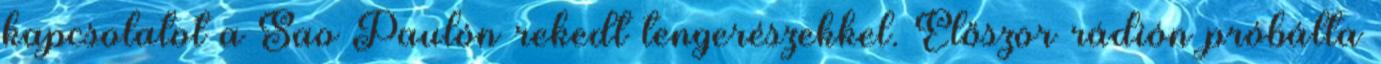
kapcsolatot a Sao Paulón rekedt tengerészekkel. Először rádión próbálta